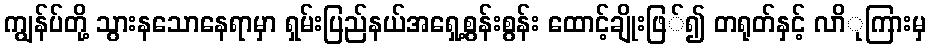
ကျွန်ပ်တို့ သွားနသောနေရာမှာ ရှမ်းပြည်နယ်အရှေ့စွန်းစွန်း ထောင့်ချိုးဖြ်၍ တရုတ်နှင့် လာိုကြားမှ